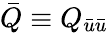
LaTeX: \bar{Q}\equiv Q_{\bar{u}\bar{u}}